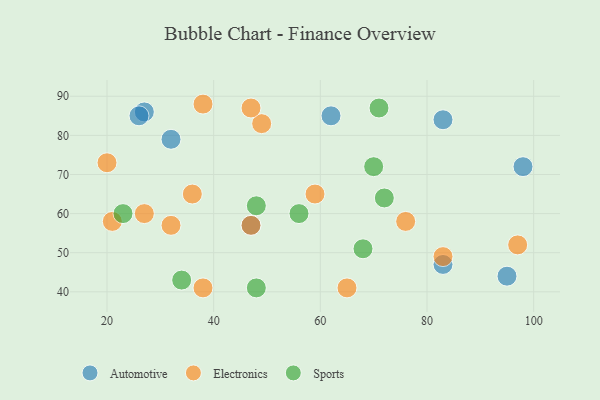
{"axis": {"x": "GDP", "y": "Life Expectancy"}, "legend": ["Automotive", "Electronics", "Sports"], "data": [{"x": "95", "y": 44, "type": "Automotive"}, {"x": "83", "y": 47, "type": "Automotive"}, {"x": "32", "y": 79, "type": "Automotive"}, {"x": "98", "y": 72, "type": "Automotive"}, {"x": "83", "y": 84, "type": "Automotive"}, {"x": "27", "y": 86, "type": "Automotive"}, {"x": "26", "y": 85, "type": "Automotive"}, {"x": "62", "y": 85, "type": "Automotive"}, {"x": "47", "y": 57, "type": "Automotive"}, {"x": "21", "y": 58, "type": "Electronics"}, {"x": "83", "y": 49, "type": "Electronics"}, {"x": "49", "y": 83, "type": "Electronics"}, {"x": "38", "y": 88, "type": "Electronics"}, {"x": "47", "y": 57, "type": "Electronics"}, {"x": "65", "y": 41, "type": "Electronics"}, {"x": "32", "y": 57, "type": "Electronics"}, {"x": "27", "y": 60, "type": "Electronics"}, {"x": "76", "y": 58, "type": "Electronics"}, {"x": "47", "y": 87, "type": "Electronics"}, {"x": "97", "y": 52, "type": "Electronics"}, {"x": "36", "y": 65, "type": "Electronics"}, {"x": "59", "y": 65, "type": "Electronics"}, {"x": "20", "y": 73, "type": "Electronics"}, {"x": "38", "y": 41, "type": "Electronics"}, {"x": "48", "y": 41, "type": "Sports"}, {"x": "72", "y": 64, "type": "Sports"}, {"x": "34", "y": 43, "type": "Sports"}, {"x": "48", "y": 62, "type": "Sports"}, {"x": "71", "y": 87, "type": "Sports"}, {"x": "56", "y": 60, "type": "Sports"}, {"x": "68", "y": 51, "type": "Sports"}, {"x": "23", "y": 60, "type": "Sports"}, {"x": "70", "y": 72, "type": "Sports"}]}